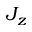
J _ { z }